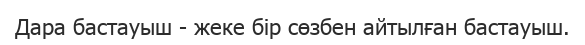
Дара бастауыш - жеке бір сөзбен айтылған бастауыш.